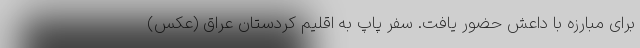
برای مبارزه با داعش حضور یافت. سفر پاپ به اقلیم کردستان عراق (عکس)